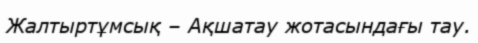
Жалтыртұмсық – Ақшатау жотасындағы тау.